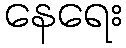
နေရေး